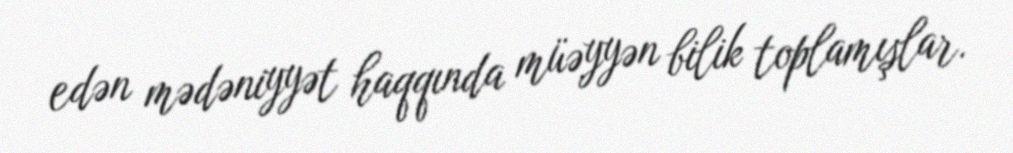
edən mədəniyyət haqqında müəyyən bilik toplamışlar.